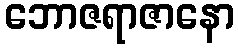
ဘောဇရာဇာနော